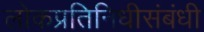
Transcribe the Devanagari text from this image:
लोकप्रतिनिधीसंबंधी